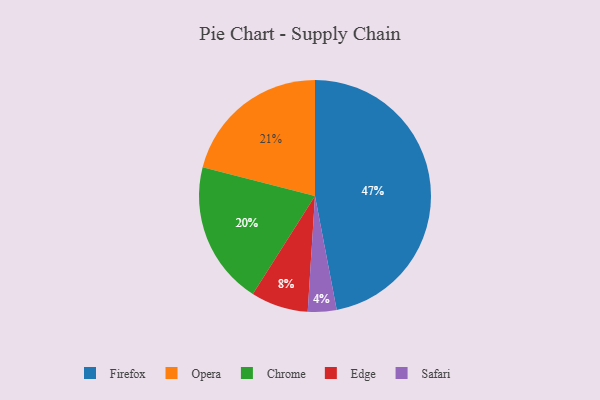
{"axis": {"x": "Category", "y": "Percentage"}, "legend": ["Chrome", "Edge", "Firefox", "Opera", "Safari"], "data": [{"x": "Edge", "y": 8, "type": "Edge"}, {"x": "Opera", "y": 21, "type": "Opera"}, {"x": "Firefox", "y": 47, "type": "Firefox"}, {"x": "Chrome", "y": 20, "type": "Chrome"}, {"x": "Safari", "y": 4, "type": "Safari"}]}